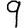
Digit: 9